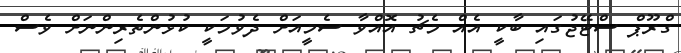
ގްރޫޕް ސްޓޭޖުގައި ބާކީ އެއް މެޗު އޮއްވާ ސެމީއަށް ދެވުމަކީ ކުޅުންތެރިންނަށް ވެސް